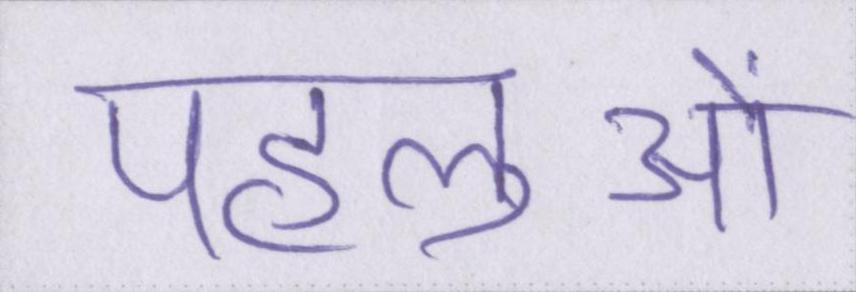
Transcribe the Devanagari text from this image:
पहलुओं